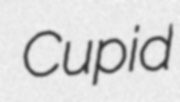
Cupid